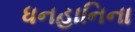
ધનહાનિના